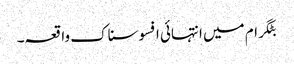
بٹگرام میں انتہائی افسوسناک واقعہ۔